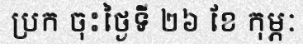
ប្រក ចុះថ្ងៃទី ២៦ ខែ កុម្ភៈ